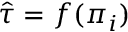
\hat { \tau } = f ( \pi _ { i } )